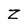
Character: Z